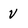
Character: v